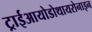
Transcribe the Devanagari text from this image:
ट्राईआयोडोथायरोनाइन